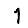
Digit: 1